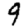
Digit: 9